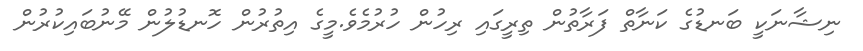
ނިޝާނަކީ ބަނޑުގެ ކަނާތް ފަރާތުން ތިރީގައި ރިހުން ހުރުމެވެ.މީގެ އިތުރުން ހޮނޑުލުން މޭނުބައިކުރުން